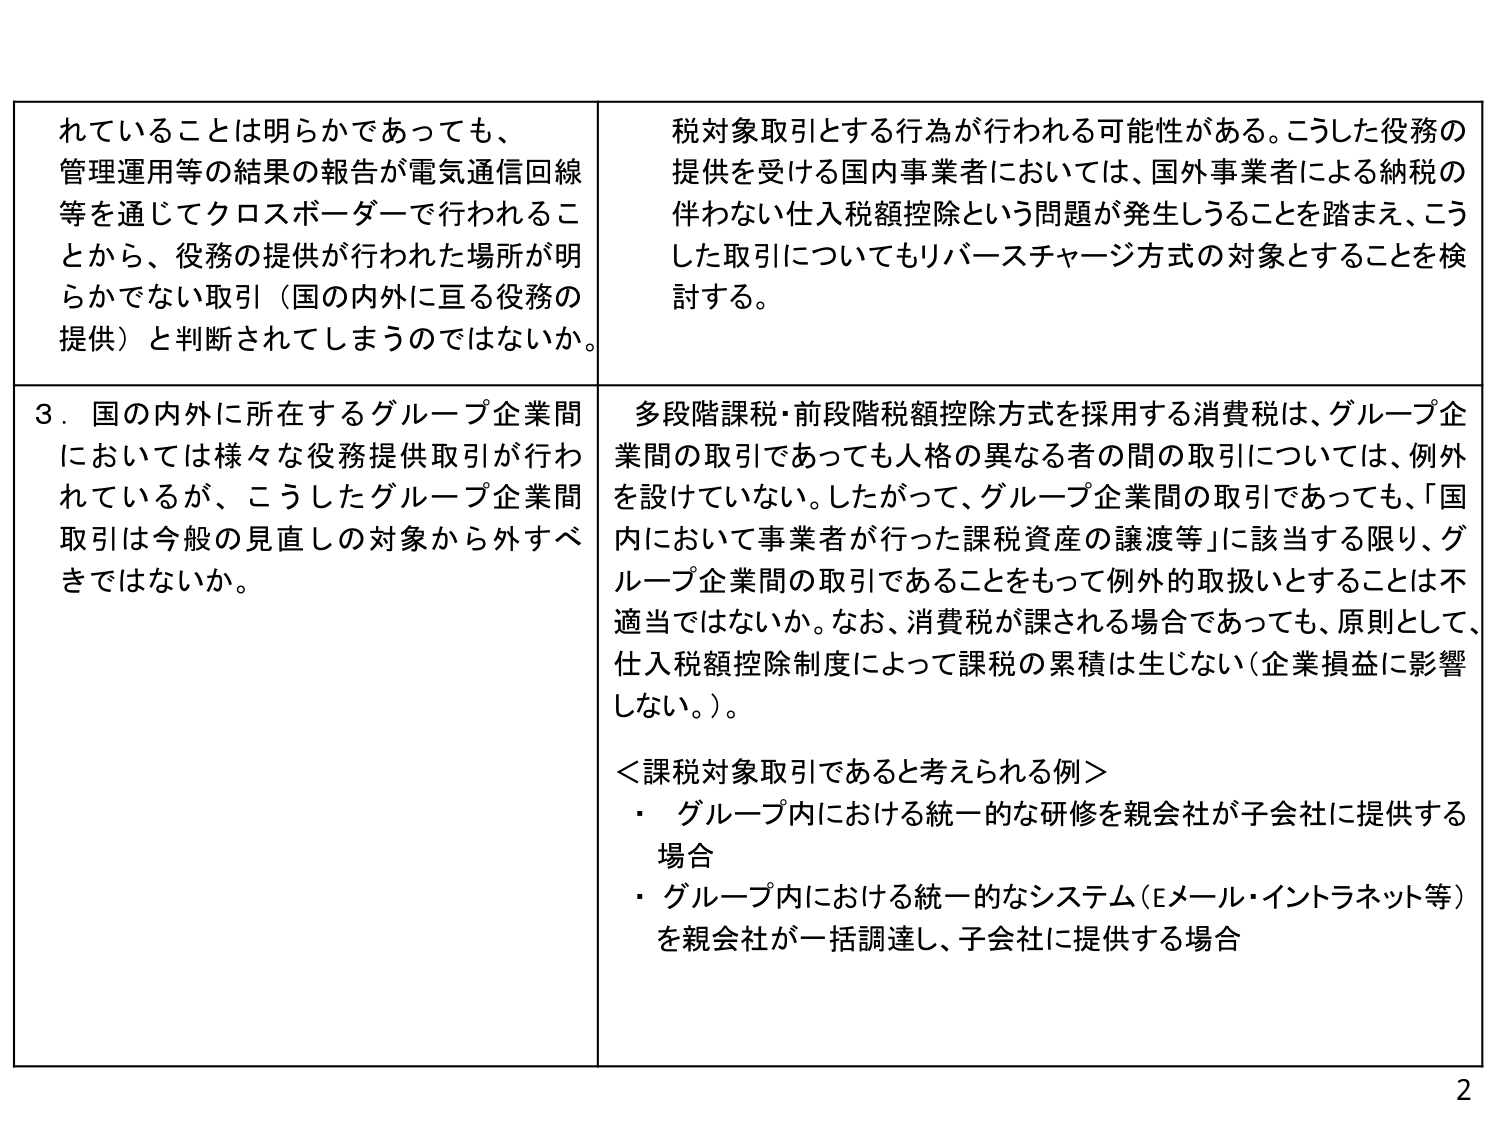
れていることは明らかであっても、
管理運用等の結果の報告が電気通信回線
等を通じてクロスボーダーで行われるこ
とから、役務の提供が行われた場所が明
らかでない取引（国の内外に亘る役務の
提供）と判断されてしまうのではないか。

税対象取引とする行為が行われる可能性がある。こうした役務の
提供を受ける国内事業者においては、国外事業者による納税の
伴わない仕入税額控除という問題が発生しうることを踏まえ、こう
した取引についてもリバースチャージ方式の対象とすることを検
討する。

３．国の内外に所在するグループ企業間
においては様々な役務提供取引が行わ
れているが、こうしたグループ企業間
取引は今般の見直しの対象から外すべ
きではないか。

多段階課税・前段階税額控除方式を採用する消費税は、グループ企
業間の取引であっても人格の異なる者の間の取引については、例外
を設けていない。したがって、グループ企業間の取引であっても、「国
内において事業者が行った課税資産の譲渡等」に該当する限り、グ
ループ企業間の取引であることをもって例外的取扱いとすることは不
適当ではないか。なお、消費税が課される場合であっても、原則として、
仕入税額控除制度によって課税の累積は生じない（企業損益に影響
しない。）。

＜課税対象取引であると考えられる例＞
・ グループ内における統一的な研修を親会社が子会社に提供する
場合
・ グループ内における統一的なシステム（Eメール・イントラネット等）
を親会社が一括調達し、子会社に提供する場合

2